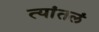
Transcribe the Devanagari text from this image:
त्यांतलं